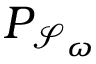
P _ { \mathcal { S } _ { \omega } }